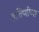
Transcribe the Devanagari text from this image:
हत्तिणीच्या